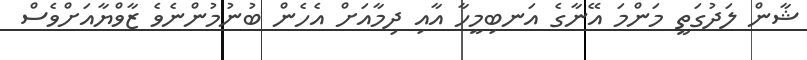
ޝާން ލަދުގަތީ މަންމަ އޭނާގެ އަނބިމީހާ އާއި ދިމާއަށް އެހެން ބުނުމުންނެވެ ޒާވްޔާއަށްވެސް